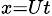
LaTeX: _{x=Ut}